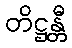
တိဋ္ဌန္တီ